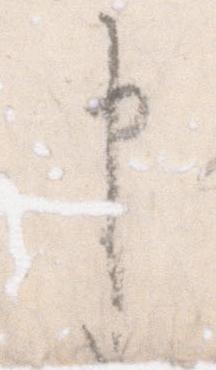
申